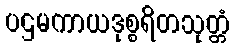
ပဌမကာယဒုစ္စရိတသုတ္တံ